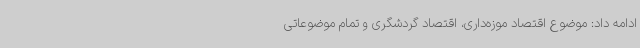
ادامه داد: موضوع اقتصاد موزه‌داری، اقتصاد گردشگری و تمام موضوعاتی